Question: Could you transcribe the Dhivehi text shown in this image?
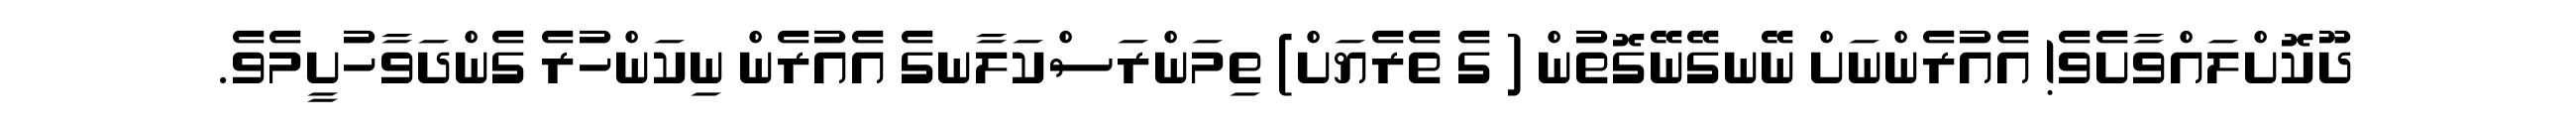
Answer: ދޫކޮށްލައްވާށެވެ! އެއުރެންނަށް ނޭނގޭނޭގޮތުން ( ގެ ތެރެޔަށް) ތިމަންރަސްކަލާނގެ އެއުރެން ނިކަންހުރެ ގެންދަވާހުށީމެވެ.